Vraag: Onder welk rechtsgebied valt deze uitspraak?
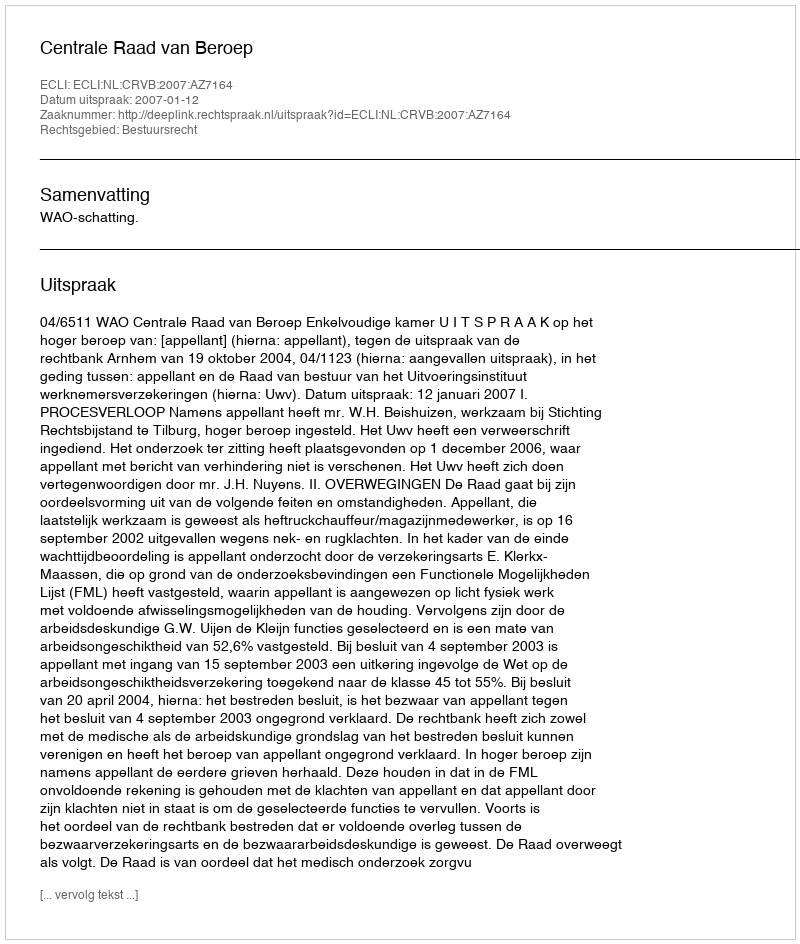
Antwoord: Bestuursrecht